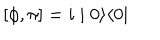
[ \phi , \pi ] = i \mid 0 \rangle \langle 0 \mid